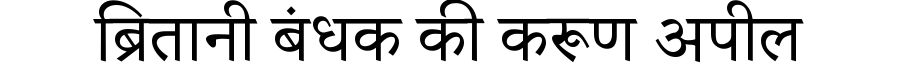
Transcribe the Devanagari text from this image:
ब्रितानी बंधक की करूण अपील